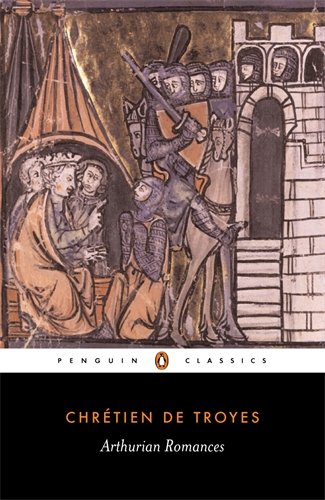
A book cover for Arthurian Romances (Penguin Classics); ChrÃ©tien de Troyes; Science Fiction & Fantasy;